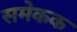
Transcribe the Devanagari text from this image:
समेकक